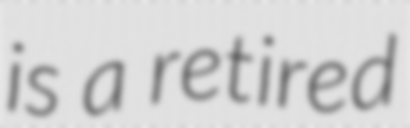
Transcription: is a retired